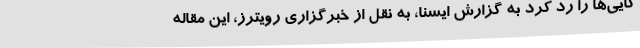
کایی‌ها را رد کرد به گزارش ایسنا، به نقل از خبرگزاری رویترز، این مقاله